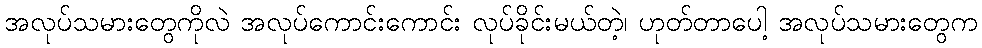
အလုပ်သမားတွေကိုလဲ အလုပ်ကောင်းကောင်း လုပ်ခိုင်းမယ်တဲ့၊ ဟုတ်တာပေါ့ အလုပ်သမားတွေက